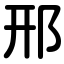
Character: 邢